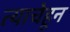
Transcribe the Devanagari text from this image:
त्याचेहून